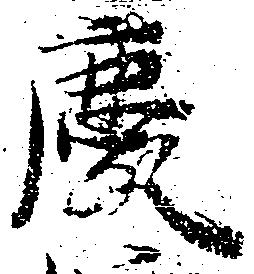
慶